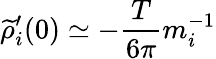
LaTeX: \widetilde{\rho}_{i}^{\prime}(0)\simeq-{\frac{T}{6\pi}}m_{i}^{-1}